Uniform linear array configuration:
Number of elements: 4
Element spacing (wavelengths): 0.5
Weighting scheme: uniform
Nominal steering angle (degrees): -60
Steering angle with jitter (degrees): -60.096
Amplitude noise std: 0.05
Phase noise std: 0.05

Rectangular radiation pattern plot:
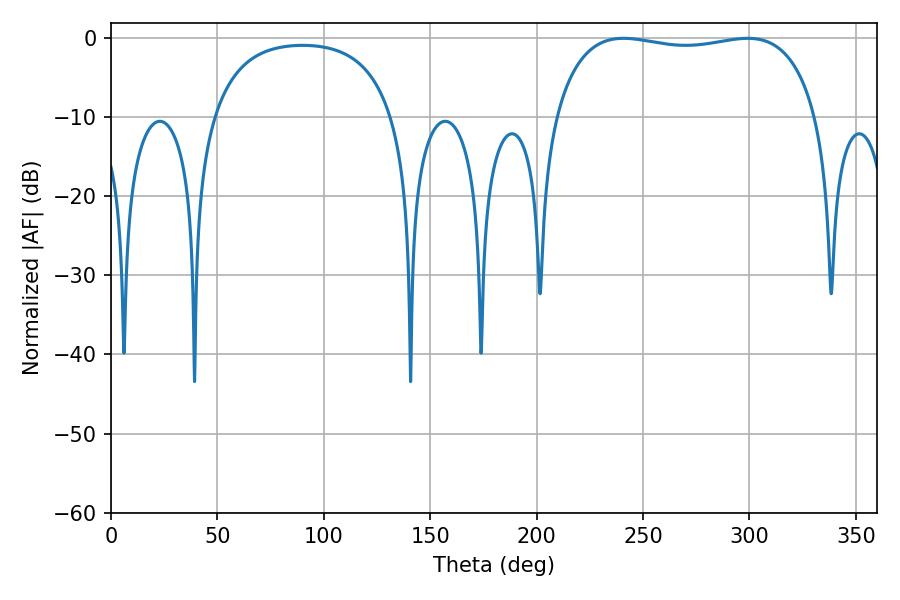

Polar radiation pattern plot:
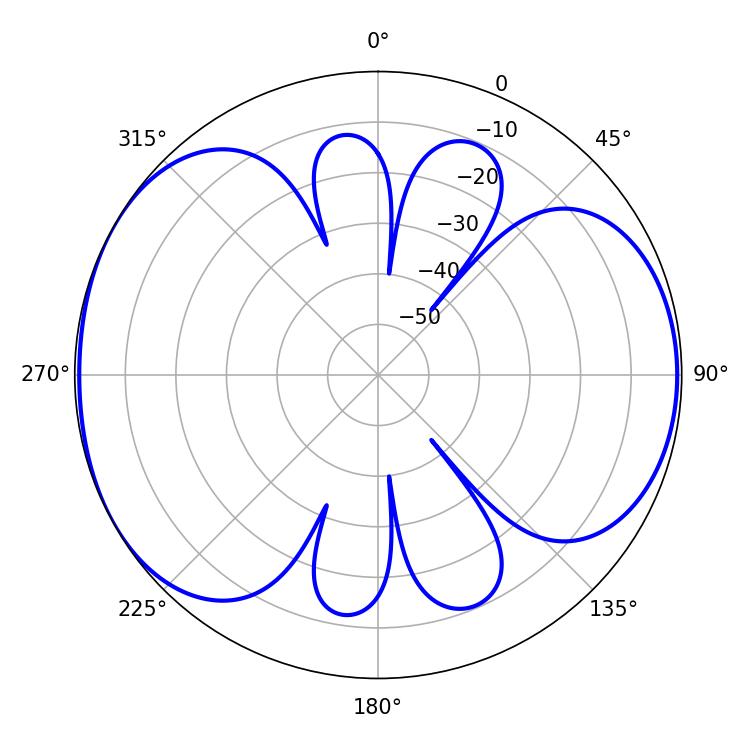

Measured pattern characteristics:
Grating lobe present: FALSE
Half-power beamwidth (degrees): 99.36
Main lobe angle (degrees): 240.84